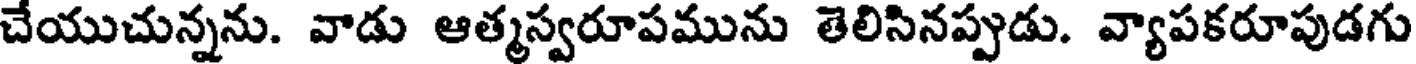
చేయుచున్నను. వాడు ఆత్మస్వరూపమును తెలిసినప్పుడు. వ్యాపకరూపుడగు